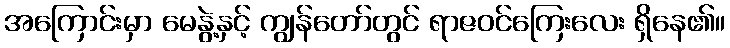
အကြောင်းမှာ မေနွဲ့နှင့် ကျွန်တော်တွင် ရာဇဝင်ကြေးလေး ရှိနေ၏။